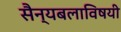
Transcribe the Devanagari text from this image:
सैन्यबलाविषयी